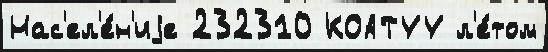
Нас'ел'е́н'иjе 232310 КОАТУУ л'е́том